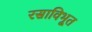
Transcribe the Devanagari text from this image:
रसाविभूत